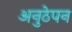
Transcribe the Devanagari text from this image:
अनुठेपन